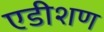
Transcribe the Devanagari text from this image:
एडीशण